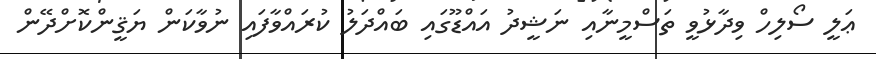
ޢަލީ ސޯލިހް ވިދާޅުވީ ތަސްމީނާއި ނަޝީދު އައްޑޫގައި ބައްދަލު ކުރައްވާފައި ނުވާކަން ޔަޤީންކޮށްދޭން